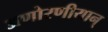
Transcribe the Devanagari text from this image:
अणोरणीयान्‌